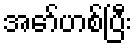
အော်ဟစ်ပြီး